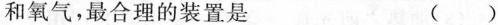
和氧气，最合理的装置是 ()